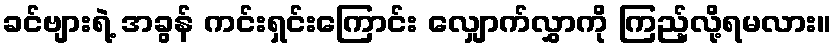
ခင်ဗျားရဲ့ အခွန် ကင်းရှင်းကြောင်း လျှောက်လွှာကို ကြည့်လို့ရမလား။